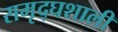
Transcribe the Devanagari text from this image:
समृद्घशाली